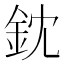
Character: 鈂